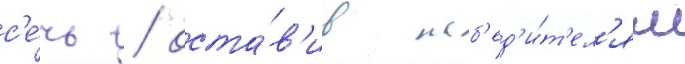
с'е́чь / оста́в'ив поб'ед'и́т'ел'ям